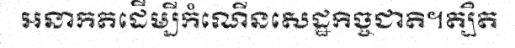
អនាកតដើម្បីកំណើនសេដ្ឋកិច្ចជាតិ។ត្បិត